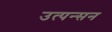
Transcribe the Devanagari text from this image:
उत्पन्सन